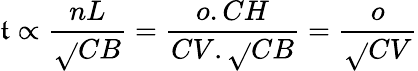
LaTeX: \mathfrak{t}\propto{\frac{{nL}}{{\sqrt{}{{CB}}}}}={\frac{{o.CH}}{{CV.{\sqrt{}{{CB}}}}}}={\frac{{o}}{{\sqrt{}{{CV}}}}}